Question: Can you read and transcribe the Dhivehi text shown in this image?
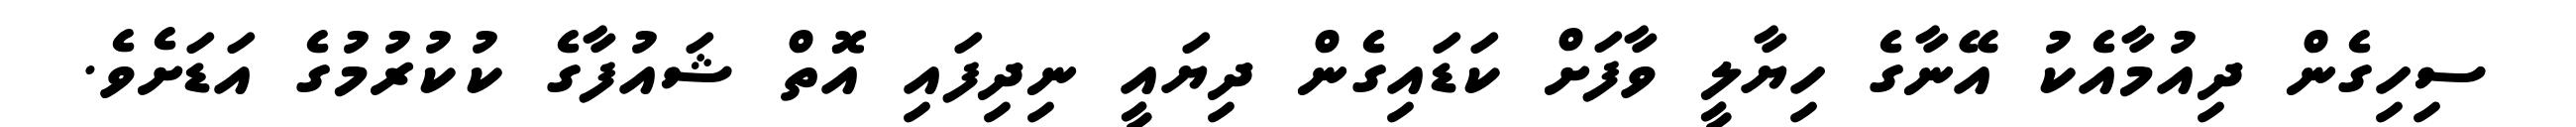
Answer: ސިހިގެން ދިއުމާއެކު އޭނާގެ ހިޔާލީ ވާފަށް ކަޑައިގެން ދިޔައީ ނިދިފައި އޮތް ޝައުފާގެ ކުކުރުމުގެ އަޑަށެވެ.